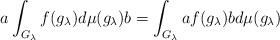
LaTeX: \begin{align*}a\int_{G_\lambda}f(g_\lambda)d\mu(g_\lambda)b=\int_{G_\lambda}af(g_\lambda)bd\mu(g_\lambda)\end{align*}